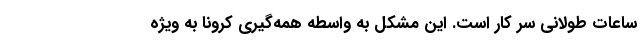
ساعات طولانی سر کار است. این مشکل به واسطه همه‌گیری کرونا به ویژه